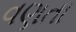
વણતા